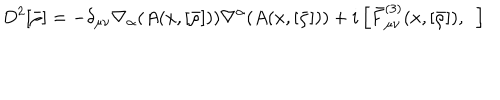
D ^ { 2 } [ \bar { \rho } ] = - \delta _ { \mu \nu } \nabla _ { \alpha } ( A ( x , [ \bar { \rho } ] ) ) \nabla ^ { \alpha } ( A ( x , [ \bar { \rho } ] ) ) + i \left[ { \bar { F } } _ { \mu \nu } ^ { ( 3 ) } ( x , [ \bar { \rho } ] ) , ~ ~ \right]